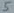
Text: 5